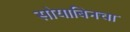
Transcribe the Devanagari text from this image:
सोयाबिनचा